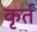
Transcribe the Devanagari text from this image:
कृर्त